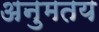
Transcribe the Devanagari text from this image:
अनुमतय